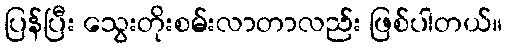
ပြန်ပြီး သွေးတိုးစမ်းလာတာလည်း ဖြစ်ပါတယ်။